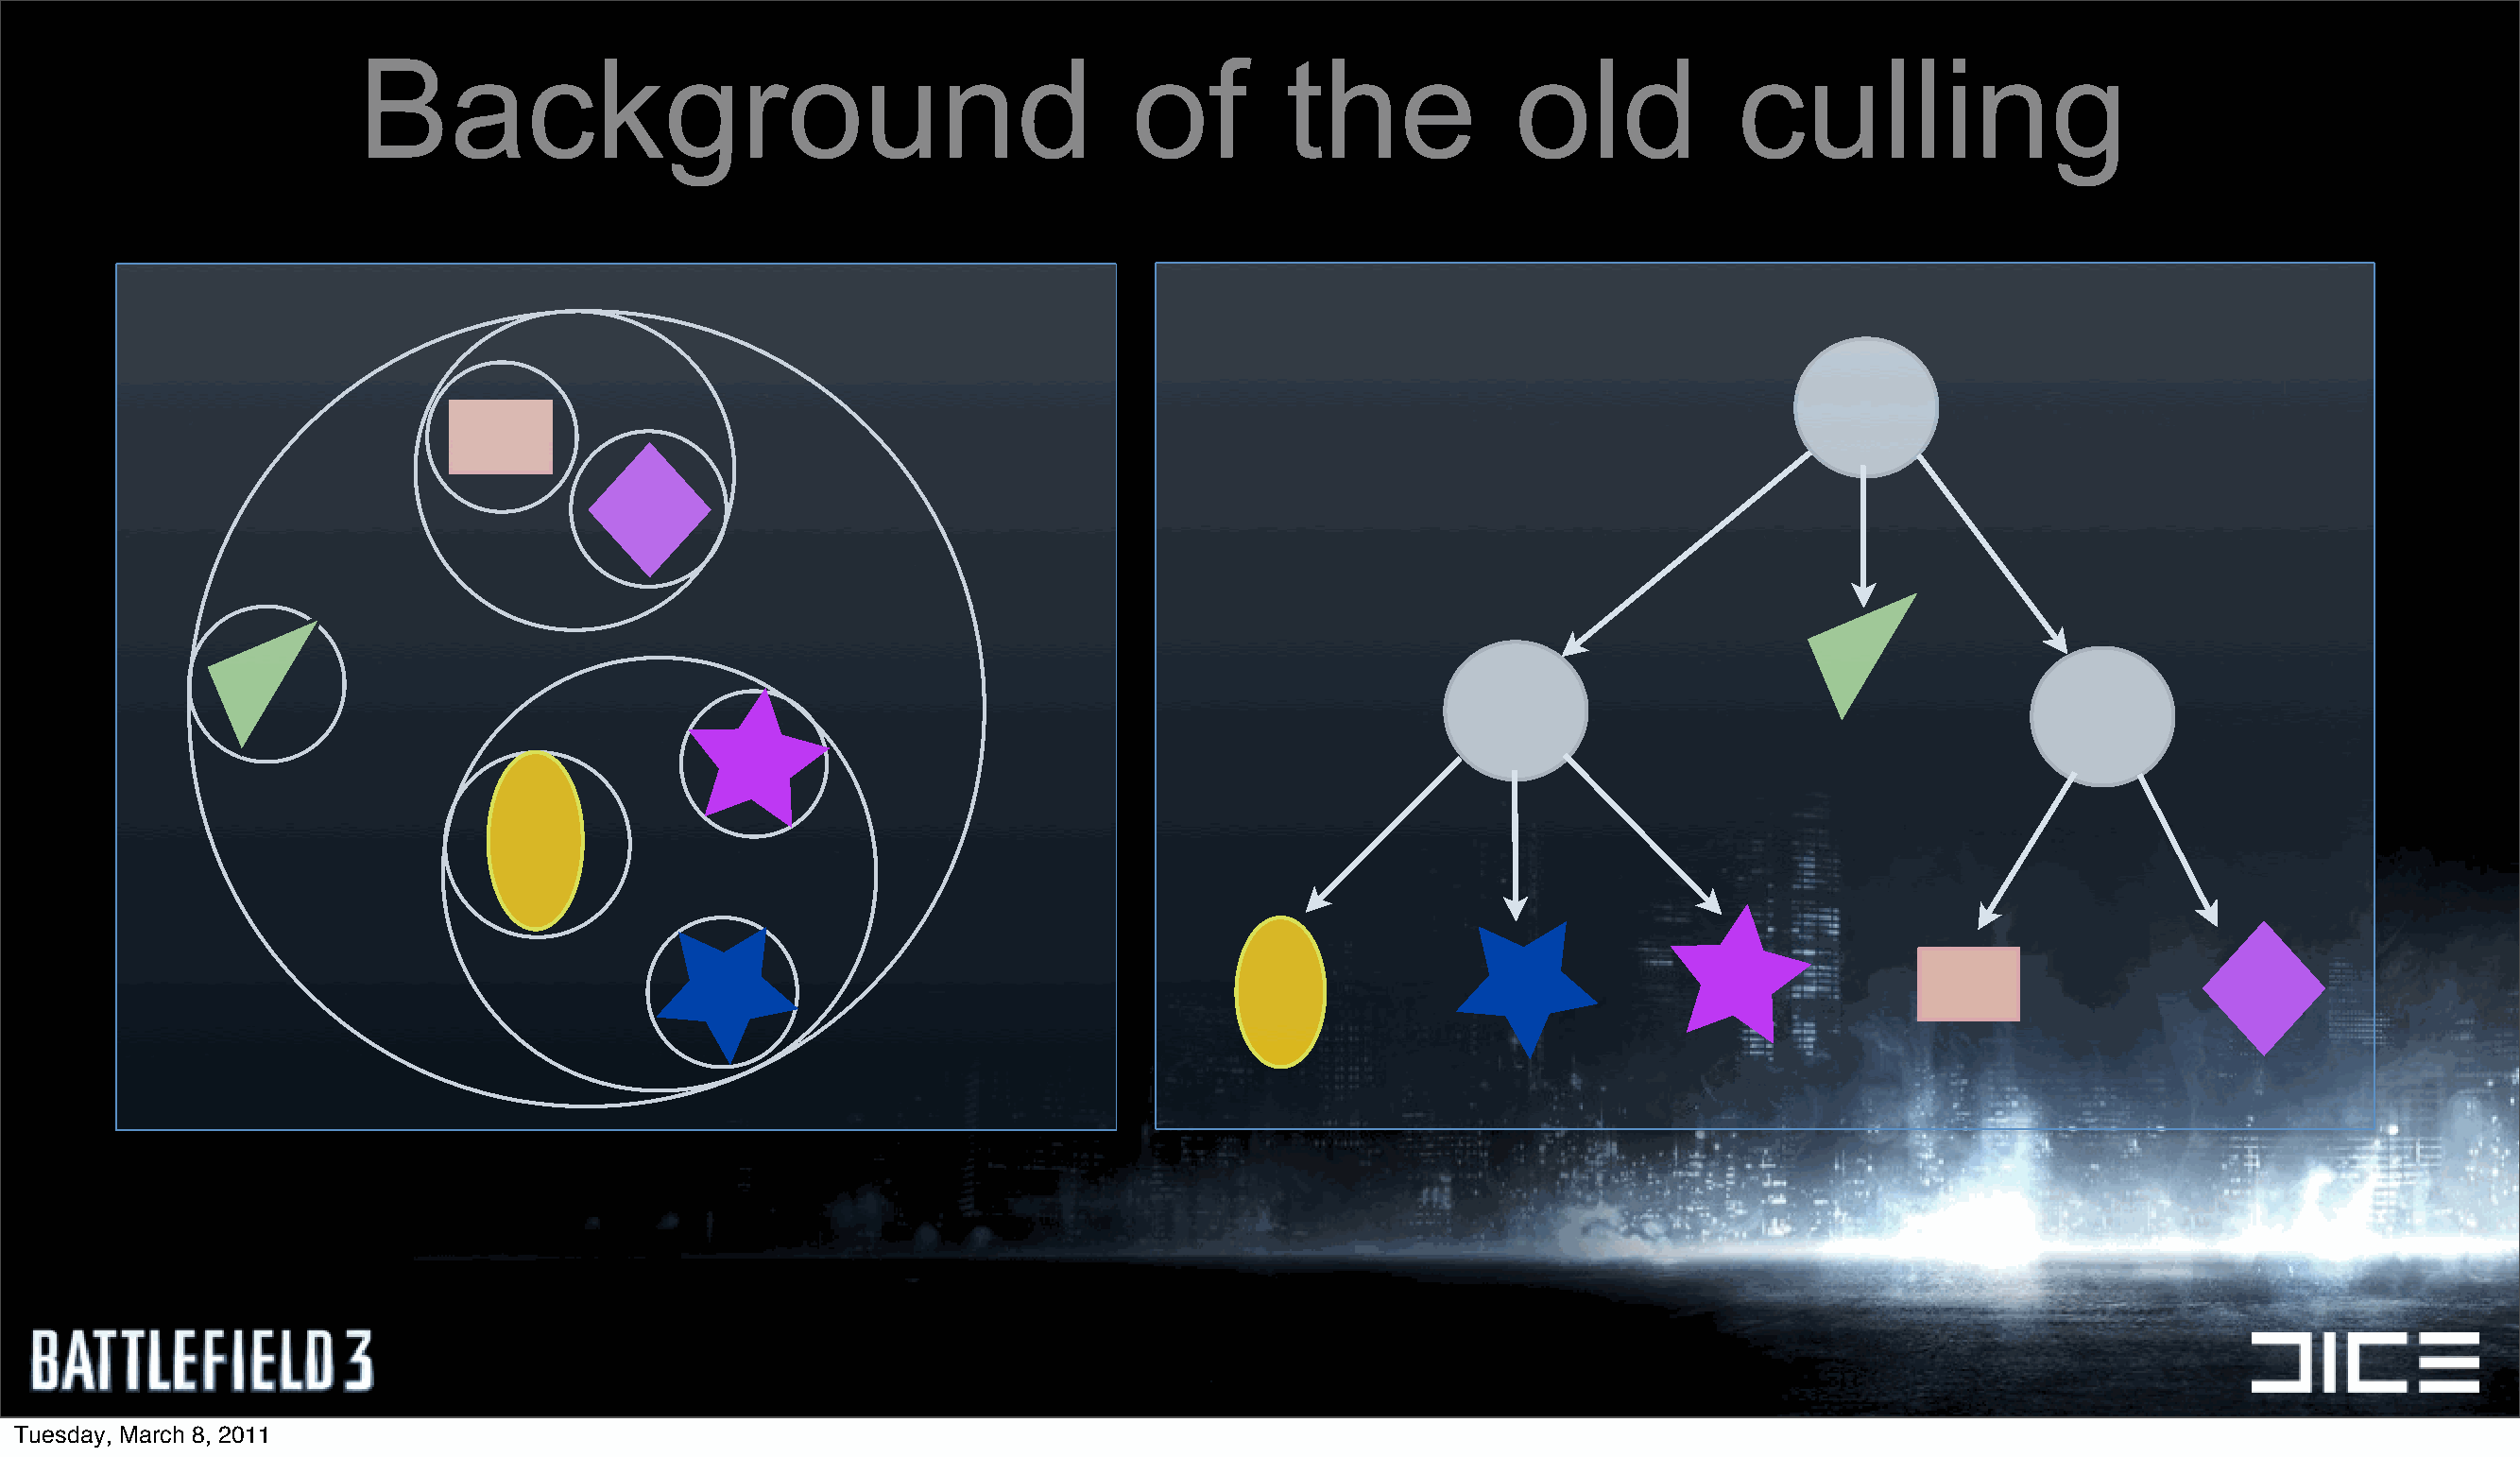
Background                                            of         the             old             culling
 Tuesday, March 8, 2011